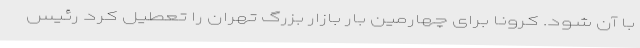
با آن شود. کرونا برای چهارمین بار بازار بزرگ تهران را تعطیل کرد رئیس